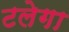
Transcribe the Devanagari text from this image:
टलेगा